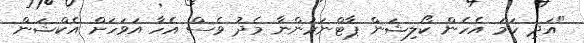
"އަދި ހަމަ އެހެން ކޯލިޝަން ޕާޓްނަރުންނާ މެދު ވެސް އެހާ އަވަހަށް އެކްޝަން